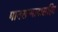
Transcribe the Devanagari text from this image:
मानसन्मानासहित